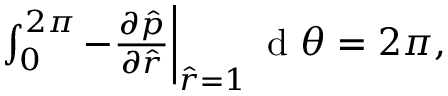
\begin{array} { r } { \int _ { 0 } ^ { 2 \pi } - \frac { \partial \hat { p } } { \partial \hat { r } } \bigg \rvert _ { \hat { r } = 1 } \, \textrm { d } \theta = 2 \pi , } \end{array}